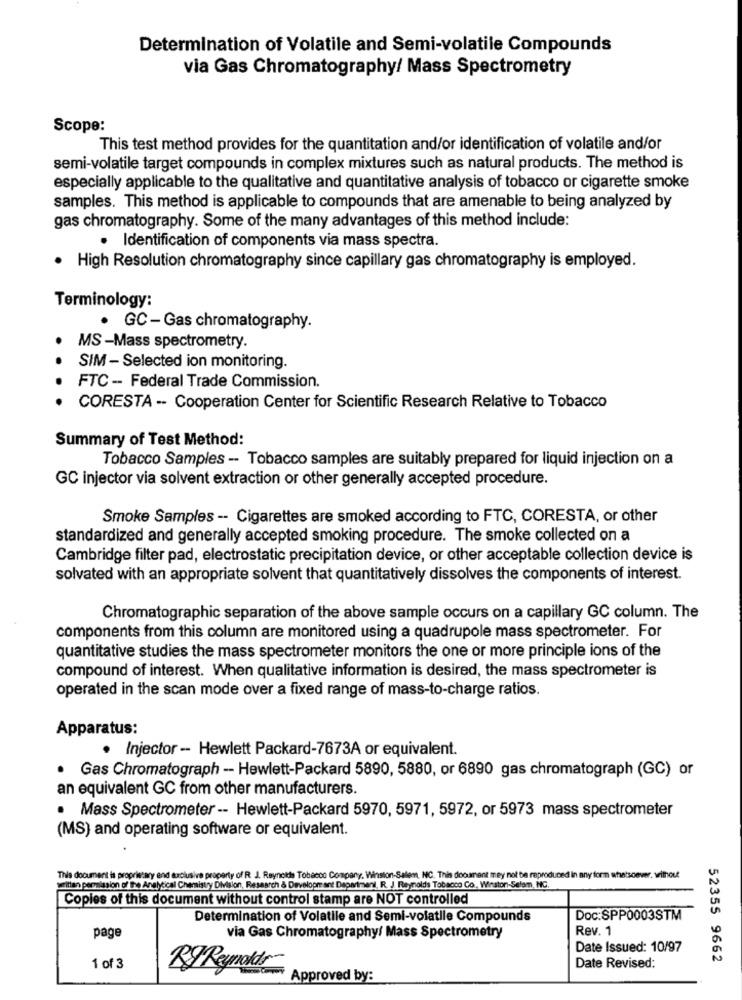
Determination of Volatile and Semi-volatile Compounds
via Gas Chromatography/ Mass Spectrometry
Scope:
This test method provides for the quantitation and/or identification of volatile and/or
semi-volatile target compounds in complex mixtures such as natural products. The method is
especially applicable to the qualitative and quantitative analysis of tobacco or cigarette smoke
samples. This method is applicable to compounds that are amenable to being analyzed by
gas chromatography. Some of the many advantages of this method include:
· Identification of components via mass spectra.
· High Resolution chromatography since capillary gas chromatography is employed.
Terminology:
· GC - Gas chromatography.
MS -Mass spectrometry.
SIM - Selected ion monitoring.
FTC -- Federal Trade Commission.
CORESTA -- Cooperation Center for Scientific Research Relative to Tobacco
Summary of Test Method:
Tobacco Samples -- Tobacco samples are suitably prepared for liquid injection on a
GC injector via solvent extraction or other generally accepted procedure.
Smoke Samples -- Cigarettes are smoked according to FTC, CORESTA, or other
standardized and generally accepted smoking procedure. The smoke collected on a
Cambridge filter pad, electrostatic precipitation device, or other acceptable collection device is
solvated with an appropriate solvent that quantitatively dissolves the components of interest.
Chromatographic separation of the above sample occurs on a capillary GC column. The
components from this column are monitored using a quadrupole mass spectrometer. For
quantitative studies the mass spectrometer monitors the one or more principle ions of the
compound of interest. When qualitative information is desired, the mass spectrometer is
operated in the scan mode over a fixed range of mass-to-charge ratios.
Apparatus:
· Injector -- Hewlett Packard-7673A or equivalent.
· Gas Chromatograph -- Hewlett-Packard 5890, 5880, or 6890 gas chromatograph (GC) or
an equivalent GC from other manufacturers.
.
Mass Spectrometer -- Hewlett-Packard 5970, 5971, 5972, or 5973 mass spectrometer
(MS) and operating software or equivalent.
This document is
trclusive property of R. J. Reynolds Tobacco Company, Winston-Salem, NC. This document may not be reproduced in any form whatsoever. without
written permission of the Analytical Chemistry Division, Research & Development Deperiment, R. J Reynolds Tobacco Co. Winston-Selam, NC.
Copies of this document without control stamp are NOT controlled
Determination of Volatile and Semi-volatile Compounds
Doc:SPP0003STM
Rev. 1
page
via Gas Chromatography/ Mass Spectrometry
Date Issued: 10/97
52355 9662
1 of 3
RJReynoldr
Date Revised:
Approved by: